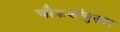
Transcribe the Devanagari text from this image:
चौकशीनुसार